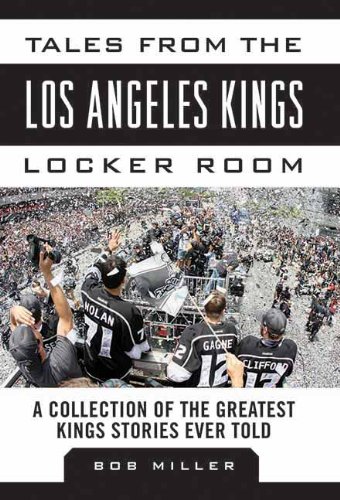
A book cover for Tales from the Los Angeles Kings Locker Room: A Collection of the Greatest Kings Stories Ever Told (Tales from the Team); Bob Miller; Sports & Outdoors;